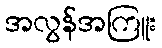
အလွန်အကြူး